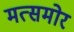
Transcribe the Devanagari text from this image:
मत्समोर